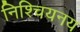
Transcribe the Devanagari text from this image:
निश्चियनय